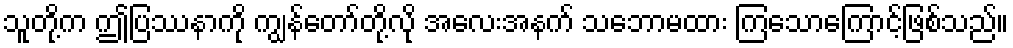
သူတို့က ဤပြဿနာကို ကျွန်တော်တို့လို အလေးအနက် သဘောမထား ကြသောကြောင့်ဖြစ်သည်။